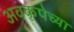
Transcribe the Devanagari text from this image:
अवकृपेच्या